Vaccination North-Western Provinces and Oudh 1896-1901 - 1896-1901
Year: 1896
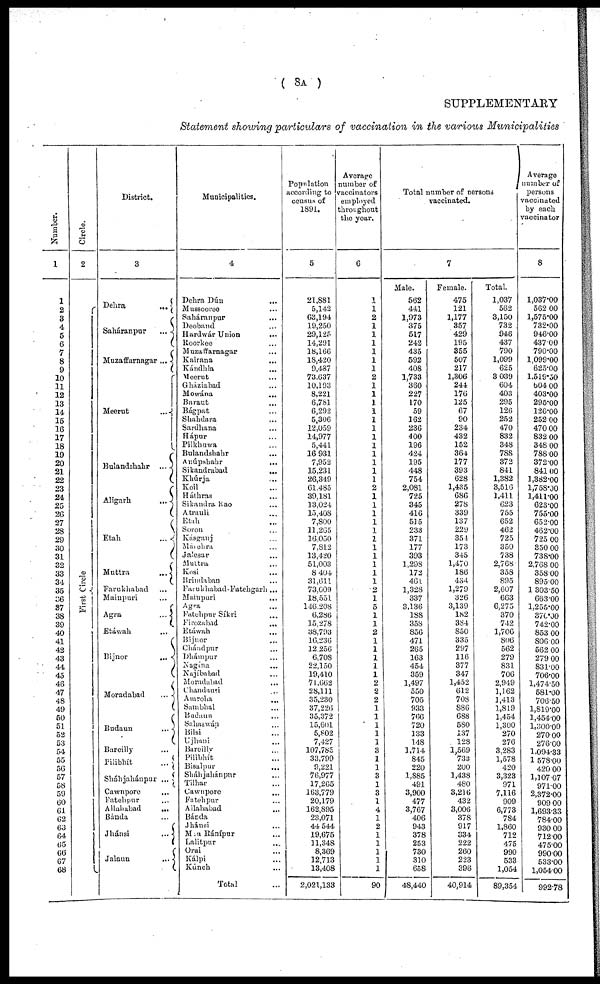
( 8A )
SUPPLEMENTARY
Statement showing particulars of vaccination in the various Municipalities
Number.
1
1
2
3
4
5
6
7
8
9
10
11
12
13
14
15
16
17
18
19
20
21
22
23
24
25
26
27
28
29
30
31
32
33
34
35
36
37
38
39
40
41
42
43
44
45
46
47
48
49
50
51
52
53
54
55
56
57
58
59
60
61
62
63
64
65
66
67
68
Circle.
2
First Circle
District.
3
Dehra
...
Saháranpur
...
Muzaffarnagar ...
Meerut
...
Bulandshahr ...
Aligarh
...
Etah
...
Muttra
...
Farukhabad ...
Mainpuri ...
Agra
...
Etáwah ...
Bijnor
...
Moradabad
...
Budaun
...
Bareilly ...
Pilibhít
...
Sháhjahánpur ...
Cawnpore ...
Fatehpur ...
Allahabad ...
Bánda ...
Jhánsi
...
Jalaun
...
Municipalities.
4
Dehra Dún
...
Mussooree ...
Saháranpur ...
Deoband
...
Hardwár Union
...
Roorkee ...
Muzaffarnagar
Kairana ...
Kándhla ...
Meerut ...
Gháziabad ...
Mowána ...
Baraut ...
Bágpat ...
Shahdara ...
Sardhana ...
Hápur ...
Pilkhuwa ...
Bulandshahr ...
Anúpshahr
...
Sikandrabad
...
Khúrja ...
Koil ...
Háthras ...
Sikandra Rao ...
Atrauli
Etah ...
Soron ...
Kásganj ...
Máiehra ...
Jalesar ...
Multra ...
Kosi ...
Brindaban ...
Farukhabad-Fatehgarh ...
Mainpuri ...
Agra ...
Fatehpur Síkri ...
Firozabad
...
Etáwah ...
Bijnor ...
Chándpur ...
Dhámpur ...
Nagína ...
Najíbabad ...
Moradabad ...
Chandausi ...
Amroha ...
Sambhal ...
Budaun ...
Sahaswán ...
Bilsi ...
Ujhani ...
Bareilly ...
Pilibhít
Bisalpur
...
Sháhjahánpur ...
Tilhar ...
Cawnpore ...
Fatehpur ...
Allahabad ...
Bánda ...
Jhánsi ...
Mau Ránípur ...
Lalitpur ...
Orai ...
Kálpi ...
Kúnch ...
Total ...
Population
according to
census of
1891.
5
21,881
5,142
63,194
19,250
29,125
14,291
18,166
18,420
9,487
73,637
10,193
8,221
6,781
6,292
5,306
12,059
14,977
5,441
16,931
7,952
15,231
26,349
61,485
39,181
13,024
15,408
7,800
11,265
16,050
7,812
13,420
51,003
8,404
31,611
73,009
18,551
146,208
6,286
15,278
38,793
16,236
12,256
6,708
22,150
19,410
71,662
28,111
35,230
37,226
35,372
15,601
5,802
7,427
107,785
33,799
9,221
76,977
17,265
163,779
20,179
162,895
23,071
44,544
19,675
11,348
8,369
12,713
13,408
2,021,133
Average
number of
vaccinators
employed
throughout
the year.
6
1
1
2
1
1
1
1
1
1
2
1
1
1
1
1
1
1
1
1
1
1
1
2
1
1
1
1
1
1
1
1
1
1
1
2
1 5
1
1
2
1
1
1
1
1
2
2
2
1
1
1
1
1
3
1
1
3
1
3
1
4
1
2
1
1
1
1
1
90
Total number of persons
vaccinated.
7
Male.
562
441
1,973
375
517
242
435
592
408
1,733
360
227
170
59
162
236
400
196
424
195
448
754
2,081
725
345
416
515
233
371
177
393
1,298
172
461
1,328
337
3,136
188
358
856
471
265
163
454
359
1,497
550
705
933
766
720
133
148
1,714
845
220
1,885
491
3,900
477
3,767
406
943
378
253
730
310
658
48,440
Female.
475
121
1,177
357
429
195
355
507
217
1,306
244
176
125
67
90
234
432
152
364
177
393
628
1,435
686
278
339
137
229
354
173
345
1,470
186
434
1,279
326
3,139
182
384
850
335
297
116
377
347
1,452
612
708
886
688
580
137
128
1,569
733
200
1,438
480
3,216
432
3,006
378
917
S34
222
260
223
396
40,914
Total.
1,037
562
3,150
732
946
437
790
1,099
625
3,039
604
403
295
126
252
470
832
348
788
372
841
1,382
3,516
1,411
623
755
652
462
725
350
738
2,768
358
895
2,607
663
6,275
370
742
1,706
806
562
279
831
706
2,949
1,162
1,413
1,819
1,454
1,300
270
276
3,283
1,578
420
3,323
971
7,116
909
6,773
784
1,860
712
475
990
533
1,054
89,354
Average
number of
persons
vaccinated
by each
vaccinator
8
1,037.00
562.00
1,575.00
732.00
946.00
437.00
790.00
1,099.00
625.00
1,519.50
604.00
403.00
295.00
126.00
252.00
470.00
832.00
348.00
788.00
372.00
841.00
1,382.00
1,758.00
1,411.00
623.00
755.00
652.00
462.00
725.00
350.00
738.00
2,768.00
358.00
895.00
1,303.50
663.00
1,255.00
370.00
742.00
853.00
806.00
562.00
279.00
831.00
706.00
1,474.50
581.00
706.50
1,819.00
1,454.00
1,300.00
270.00
276.00
1,094.33
1,578.00
420.00
1,107.67
971.00
2,372.00
909.00
1,693.33
784.00
930.00
712.00
475.00
990.00
533.00
1,054.00
992.78